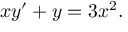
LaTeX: x y ^ { \prime } + y = 3 x ^ { 2 } .